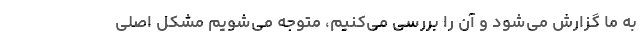
به ما گزارش می‌شود و آن را بررسی می‌کنیم، متوجه می‌شویم مشکل اصلی